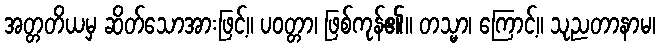
အတ္တတိယမှ ဆိတ်သောအားဖြင့်။ ပဝတ္တာ၊ ဖြစ်ကုန်၏။ တသ္မာ၊ ကြောင့်။ သုညတာနာမ၊